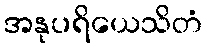
အနုပရိယေသိတံ